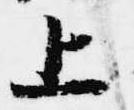
上